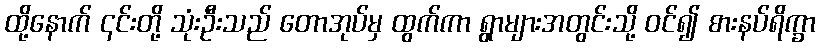
ထို့နောက် ၎င်းတို့ သုံးဦးသည် တောအုပ်မှ ထွက်ကာ ရွာများအတွင်းသို့ ဝင်၍ စားနပ်ရိက္ခာ